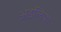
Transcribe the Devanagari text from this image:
अडेलिया